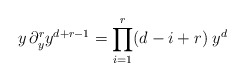
\begin{align*}y\,\partial^r_yy^{d+r-1}=\prod_{i=1}^r(d-i+r)\;y^{d}\end{align*}